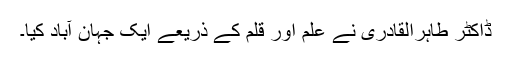
ڈاکٹر طاہرالقادری نے علم اور قلم کے ذریعے ایک جہان آباد کیا۔